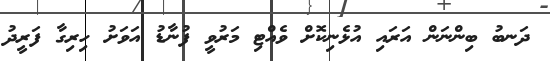
ދަނބު ބިންނަން އަރައި އުޅެނިކޮށް ވެއްޓި މަރުވީ ފުނާޑު އަވަށު ހިރިގާ ފަރީދު